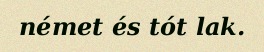
német és tót lak.